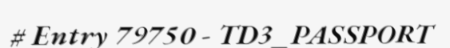
# Entry 79750 - TD3_PASSPORT